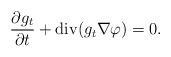
LaTeX: \begin{align*} \frac{\partial g_t}{\partial t} + {\rm div} (g_t \nabla \varphi) = 0. \end{align*}